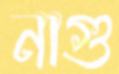
নাগু